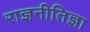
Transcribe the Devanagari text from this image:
राज्ञनीतिज्ञा